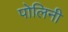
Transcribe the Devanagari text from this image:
पोलिनी